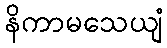
နိကာမသေယျံ